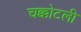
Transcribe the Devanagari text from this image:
चक्कोटली